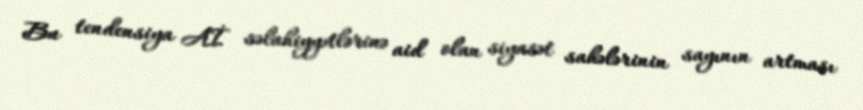
Bu tendensiya Aİ səlahiyyətlərinə aid olan siyasət sahələrinin sayının artması